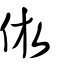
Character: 倣